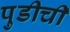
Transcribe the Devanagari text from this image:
पुडीची